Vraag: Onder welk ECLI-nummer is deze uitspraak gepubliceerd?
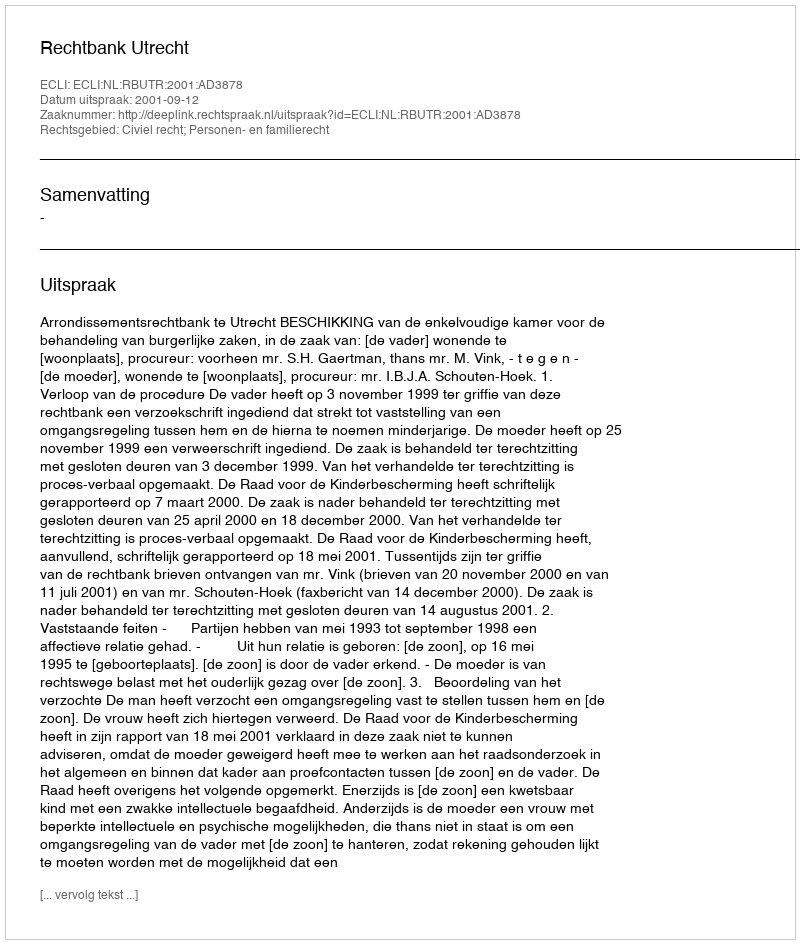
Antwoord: ECLI:NL:RBUTR:2001:AD3878